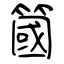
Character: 簂